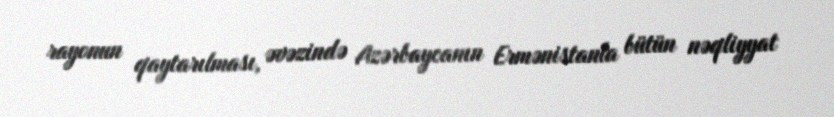
rayonun qaytarılması, əvəzində Azərbaycanın Ermənistanla bütün nəqliyyat